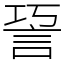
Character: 䛒